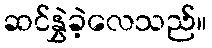
ဆင်နွှဲခဲ့လေသည်။